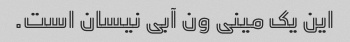
این یک مینی ون آبی نیسان است.